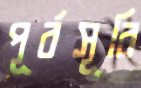
পূর্বসূরি